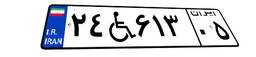
۲۴W۶۱۳۰۵